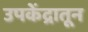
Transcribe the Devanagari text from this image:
उपकेंद्रातून